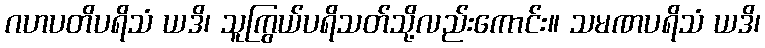
ဂဟပတိပရိသံ ယဒိ၊ သူကြွယ်ပရိသတ်သို့လည်းကောင်း။ သမဏပရိသံ ယဒိ၊